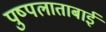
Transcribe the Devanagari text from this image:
पुष्पलाताबाई